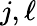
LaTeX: j,\ell